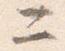
二